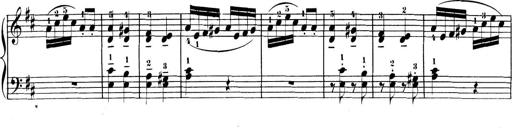
Title: 3 Sonatinen, Op.8
Composer: Isidor Wilhelm Seiss